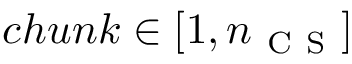
c h u n k \in [ 1 , n _ { \mathrm { ~ C ~ S ~ } } ]